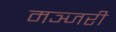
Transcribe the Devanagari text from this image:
मञ्जरी